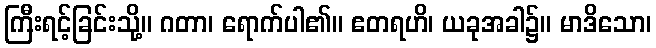
ကြီးရင့်ခြင်းသို့။ ဂတာ၊ ရောက်ပါ၏။ ဧတရဟိ၊ ယခုအခါ၌။ မာဒိသော၊